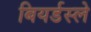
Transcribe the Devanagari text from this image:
बियर्डस्ले